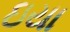
ઇયા